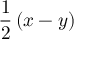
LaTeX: { \frac { 1 } { 2 } } \left( x - y \right)